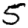
Digit: 5